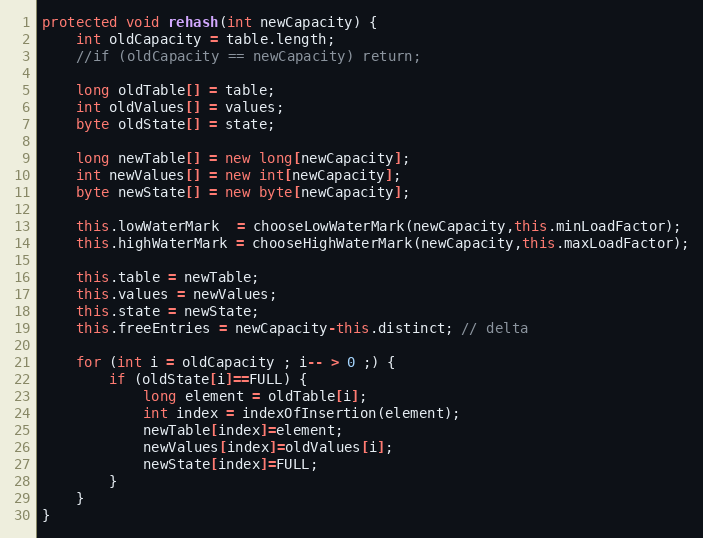
Language: Java
protected void rehash(int newCapacity) {
	int oldCapacity = table.length;
	//if (oldCapacity == newCapacity) return;

	long oldTable[] = table;
	int oldValues[] = values;
	byte oldState[] = state;

	long newTable[] = new long[newCapacity];
	int newValues[] = new int[newCapacity];
	byte newState[] = new byte[newCapacity];

	this.lowWaterMark  = chooseLowWaterMark(newCapacity,this.minLoadFactor);
	this.highWaterMark = chooseHighWaterMark(newCapacity,this.maxLoadFactor);

	this.table = newTable;
	this.values = newValues;
	this.state = newState;
	this.freeEntries = newCapacity-this.distinct; // delta

	for (int i = oldCapacity ; i-- > 0 ;) {
		if (oldState[i]==FULL) {
			long element = oldTable[i];
			int index = indexOfInsertion(element);
			newTable[index]=element;
			newValues[index]=oldValues[i];
			newState[index]=FULL;
		}
	}
}